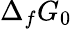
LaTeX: \Delta_{f}G_{0}